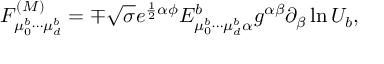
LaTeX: F _ { \mu _ { 0 } ^ { b } \cdots \mu _ { d } ^ { b } } ^ { ( \cal M ) } = \mp \sqrt { \sigma } e ^ { \frac { 1 } { 2 } \alpha \phi } E _ { \mu _ { 0 } ^ { b } \cdots \mu _ { d } ^ { b } \alpha } ^ { b } g ^ { \alpha \beta } \partial _ { \beta } \ln U _ { b } ,